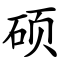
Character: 硕